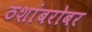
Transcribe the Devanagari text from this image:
ठशांबरोबर